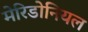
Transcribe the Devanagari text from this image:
मेरिडोनियल